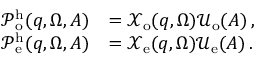
\begin{array} { r l } { \mathcal { P } _ { \mathrm { o } } ^ { \mathrm { h } } ( \boldsymbol { q } , \Omega , A ) } & { = \mathcal { X } _ { \mathrm { o } } ( \boldsymbol { q } , \Omega ) \mathcal { U } _ { \mathrm { o } } ( A ) \, , } \\ { \mathcal { P } _ { \mathrm { e } } ^ { \mathrm { h } } ( \boldsymbol { q } , \Omega , A ) } & { = \mathcal { X } _ { \mathrm { e } } ( \boldsymbol { q } , \Omega ) \mathcal { U } _ { \mathrm { e } } ( A ) \, . } \end{array}